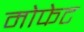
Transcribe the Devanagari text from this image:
मोफेट